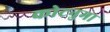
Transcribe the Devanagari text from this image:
कोटनुमा